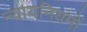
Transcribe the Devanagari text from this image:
न्यायनियमों